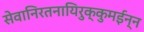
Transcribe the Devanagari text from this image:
सेवानिरतनायिरुक्कुमईन्न